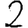
Digit: 2